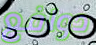
دوافع